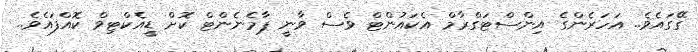
ގޭގައެވެ.. އަހަރެންގެ އިންސްޓަގްރާމް އެކައުންޓް ވެސް ވާނީ ޕާމެނެންޓް ކޮށް ޑީއެކްޓިވް ކޮއްފައެވެ..